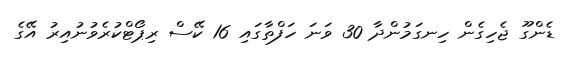
ޑެންގޫ ޖެހިގެން ހިނގަމުންދާ 30 ވަނަ ހަފްތާގައި 16 ކޭސް ރިޕޯޓްކުރެވުނުއިރު އޭގެ